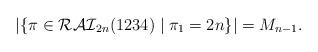
LaTeX: \begin{align*} |\{\pi \in \mathcal{RAI}_{2n}(1234) \mid \pi_1 = 2n\}| = M_{n-1}.\end{align*}